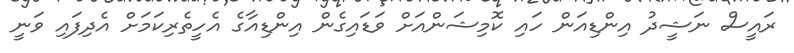
ރައީސް ނަޝީދު އިންޑިއަން ހައި ކޮމިޝަންއަށް ވަޑައިގެން އިންޑިއާގެ އެހީތެރިކަމަށް އެދިފައި ވަނީ